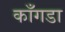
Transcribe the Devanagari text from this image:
काँगडा